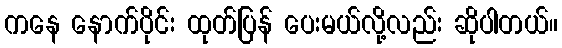
ကနေ နောက်ပိုင်း ထုတ်ပြန် ပေးမယ်လို့လည်း ဆိုပါတယ်။